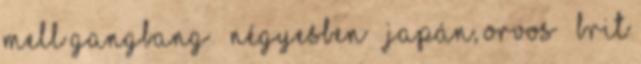
mell gangbang ▪ Négyesben ▪ Japán, orvos ▪ Brit